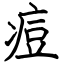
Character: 痘